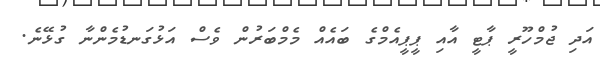
އަދި ޖުމްހޫރީ ޕާޓީ އާއި ޕީޕީއެމްގެ ބައެއް މެމްބަރުން ވެސް އަޅުގަނޑުމެންނާ ގުޅޭނެ.